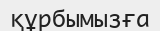
құрбымызға